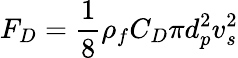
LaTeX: F_{D}=\frac{1}{8}\rho_{f}C_{D}\pi d_{p}^{2}v_{s}^{2}